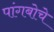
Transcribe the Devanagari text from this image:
पांगबोचे